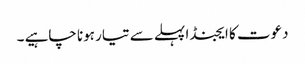
دعوت کا ایجنڈا پہلے سے تیار ہونا چاہیے ۔